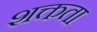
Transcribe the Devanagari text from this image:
शक्तता